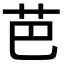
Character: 芭